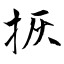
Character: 拻